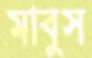
মাবুস